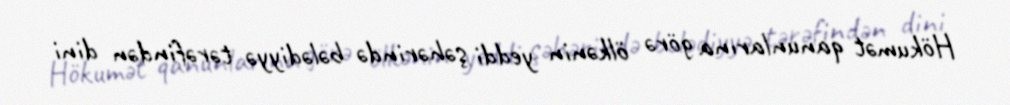
Hökumət qanunlarına görə ölkənin yeddi şəhərində bələdiyyə tərəfindən dini